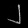
Digit: ၂